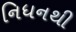
નિધનથી